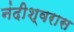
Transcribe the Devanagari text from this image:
नंदीश्वरास